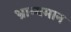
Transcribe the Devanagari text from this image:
भ्राम्यमान